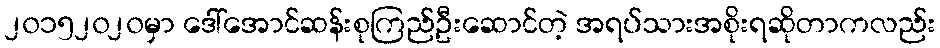
၂၀၁၅၂၀၂၀မှာ ဒေါ်အောင်ဆန်းစုကြည်ဦးဆောင်တဲ့ အရပ်သားအစိုးရဆိုတာကလည်း